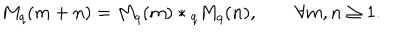
M _ { q } ( m + n ) = M _ { q } ( m ) * { } _ { q } M _ { q } ( n ) , \qquad \forall m , n \ge 1 .